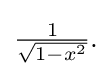
{\textstyle {\frac {1}{\sqrt {1-x^{2}}}}.}